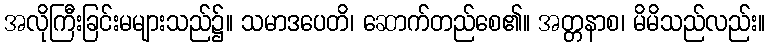
အလိုကြီးခြင်းမများသည်၌။ သမာဒပေတိ၊ ဆောက်တည်စေ၏။ အတ္တနာစ၊ မိမိသည်လည်း။